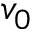
v _ { 0 }